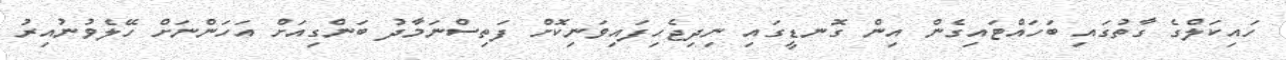
ހައިކަލްގެ ގާތުގައި ބަހައްޓައިގެން އިން ގޮނޑީގައި ނިދިޖެހިފައިވަނިކޮށް ފަތިސްނަމާދު ބަންގިއަށް އަހަންނަށް ހޭލެވުނުއިރު